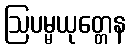
ဩပမ္မယုတ္တေန